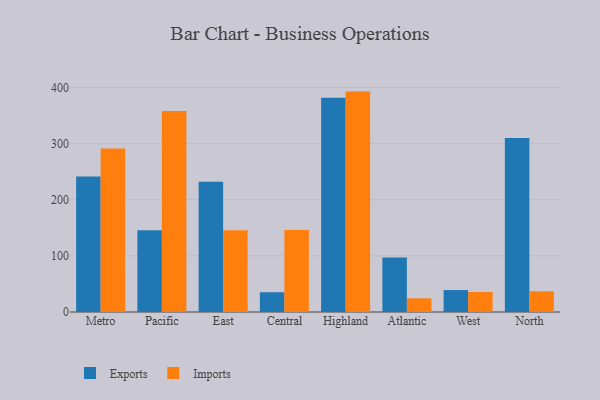
{"axis": {"x": "Region", "y": "Production Output"}, "legend": ["Exports", "Imports"], "data": [{"x": "Metro", "y": 241.3, "type": "Exports"}, {"x": "Metro", "y": 291.2, "type": "Imports"}, {"x": "Pacific", "y": 145.4, "type": "Exports"}, {"x": "Pacific", "y": 358.2, "type": "Imports"}, {"x": "East", "y": 232.1, "type": "Exports"}, {"x": "East", "y": 145.6, "type": "Imports"}, {"x": "Central", "y": 35.2, "type": "Exports"}, {"x": "Central", "y": 145.9, "type": "Imports"}, {"x": "Highland", "y": 381.7, "type": "Exports"}, {"x": "Highland", "y": 392.6, "type": "Imports"}, {"x": "Atlantic", "y": 96.9, "type": "Exports"}, {"x": "Atlantic", "y": 24.3, "type": "Imports"}, {"x": "West", "y": 39.1, "type": "Exports"}, {"x": "West", "y": 35.6, "type": "Imports"}, {"x": "North", "y": 309.9, "type": "Exports"}, {"x": "North", "y": 36.9, "type": "Imports"}]}